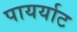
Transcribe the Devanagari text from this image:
पायर्याट